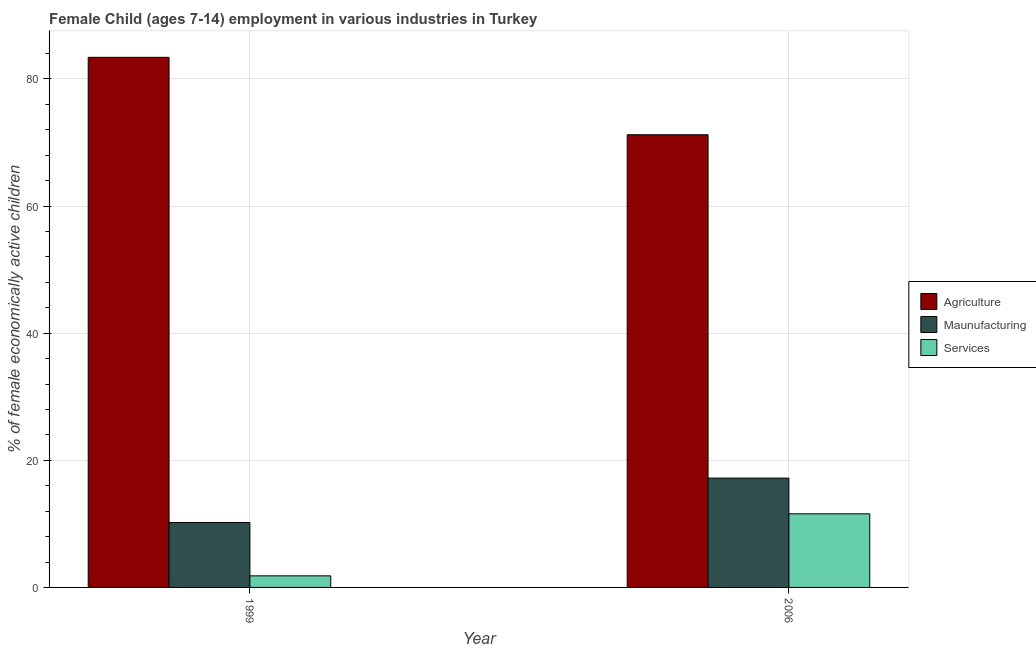
| Year | Agriculture | Maunufacturing | Services |
 | --- | --- | --- | --- |
 | 1999 | 83.4 | 10.2 | 1.82 |
 | 2006 | 71.2 | 17.2 | 11.6 |